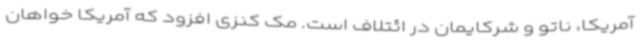
آمریکا، ناتو و شرکایمان در ائتلاف است. مک کنزی افزود که آمریکا خواهان